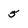
Character: 5